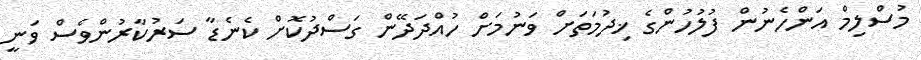
މުސްލިމް އަންހެނުން ފުލުހުންގެ ޚިދުމަތަށް ވަނުމަށް ހުއްދަދޭން ގަސްދުކޮށް ކެނެޑާ ސަރުކާރުންވެސް ވަނީ